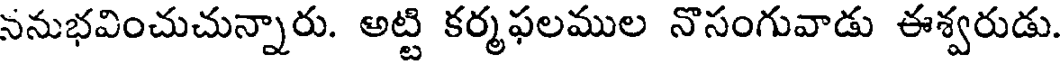
ననుభవించుచున్నారు. అట్టి కర్మఫలముల నొసంగువాడు ఈశ్వరుడు.